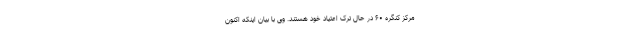
مرکز کنگره ۶۰ در حال ترک اعتیاد خود هستند. وی با بیان اینکه اکنون